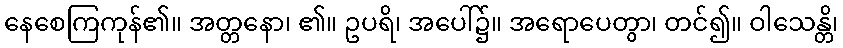
နေစေကြကုန်၏။ အတ္တနော၊ ၏။ ဥပရိ၊ အပေါ်၌။ အရောပေတွာ၊ တင်၍။ ဝါသေန္တိ၊